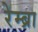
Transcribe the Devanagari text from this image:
रेम्ब्रा